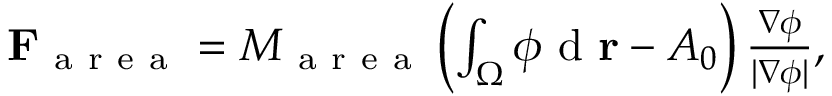
\begin{array} { r } { \mathbf { F } _ { \mathrm { ~ a ~ r ~ e ~ a ~ } } = M _ { \mathrm { ~ a ~ r ~ e ~ a ~ } } \left( \int _ { \Omega } \phi \mathrm { ~ d ~ } \mathbf { r } - A _ { 0 } \right) \frac { \nabla \phi } { | \nabla \phi | } , } \end{array}